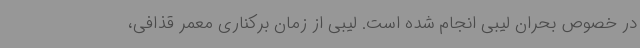
در خصوص بحران لیبی انجام شده است. لیبی از زمان برکناری معمر قذافی،